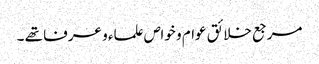
مرجع خلائق عوام و خواص علماء و عرفا تھے ۔